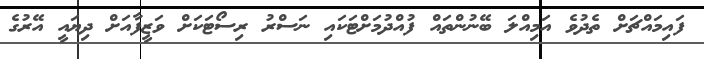
ފައިމައްޗަށް ތެދުވެ އަމިއްލަ ބޭނުންތައް ފުއްދުމަށްޓަކައި ނަސްރު ރިސޯޓަކަށް ވަޒީފާއަށް ދިޔައީ އޭރުގެ